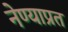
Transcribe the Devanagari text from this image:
नेण्याप्रत